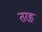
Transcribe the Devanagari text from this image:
तरह़